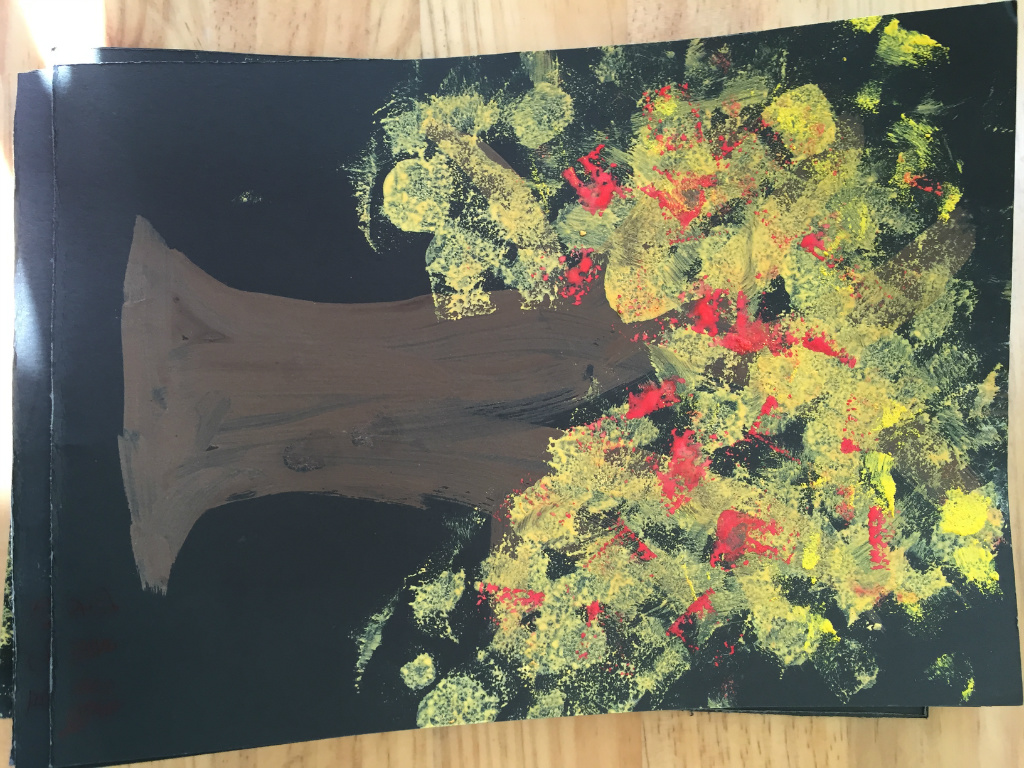
君子安礼乐利，谨慎而无斗怒，是以百举而不过也。